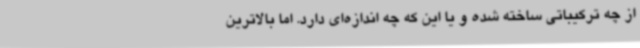
از چه ترکیباتی ساخته شده و یا این که چه اندازه‌ای دارد. اما بالاترین